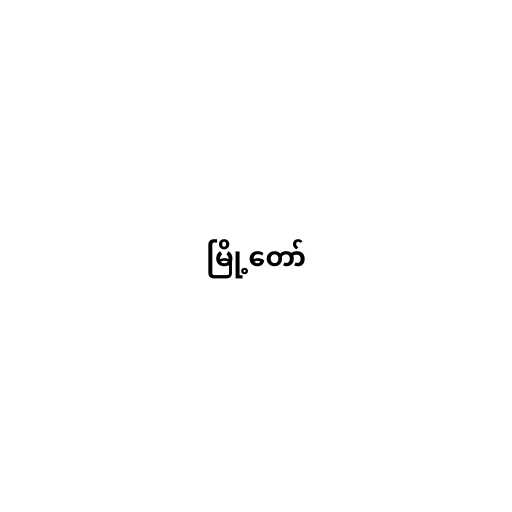
မြို့တော်